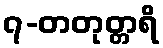
၇-တတုတ္တရိ